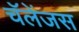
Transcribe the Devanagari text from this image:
चॅलेंजस